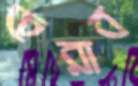
চেরাব